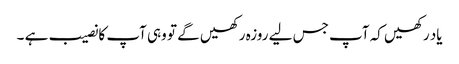
یاد رکھیں کہ آپ جس لیے روزہ رکھیں گے تو وہی آپ کا نصیب ہے ۔